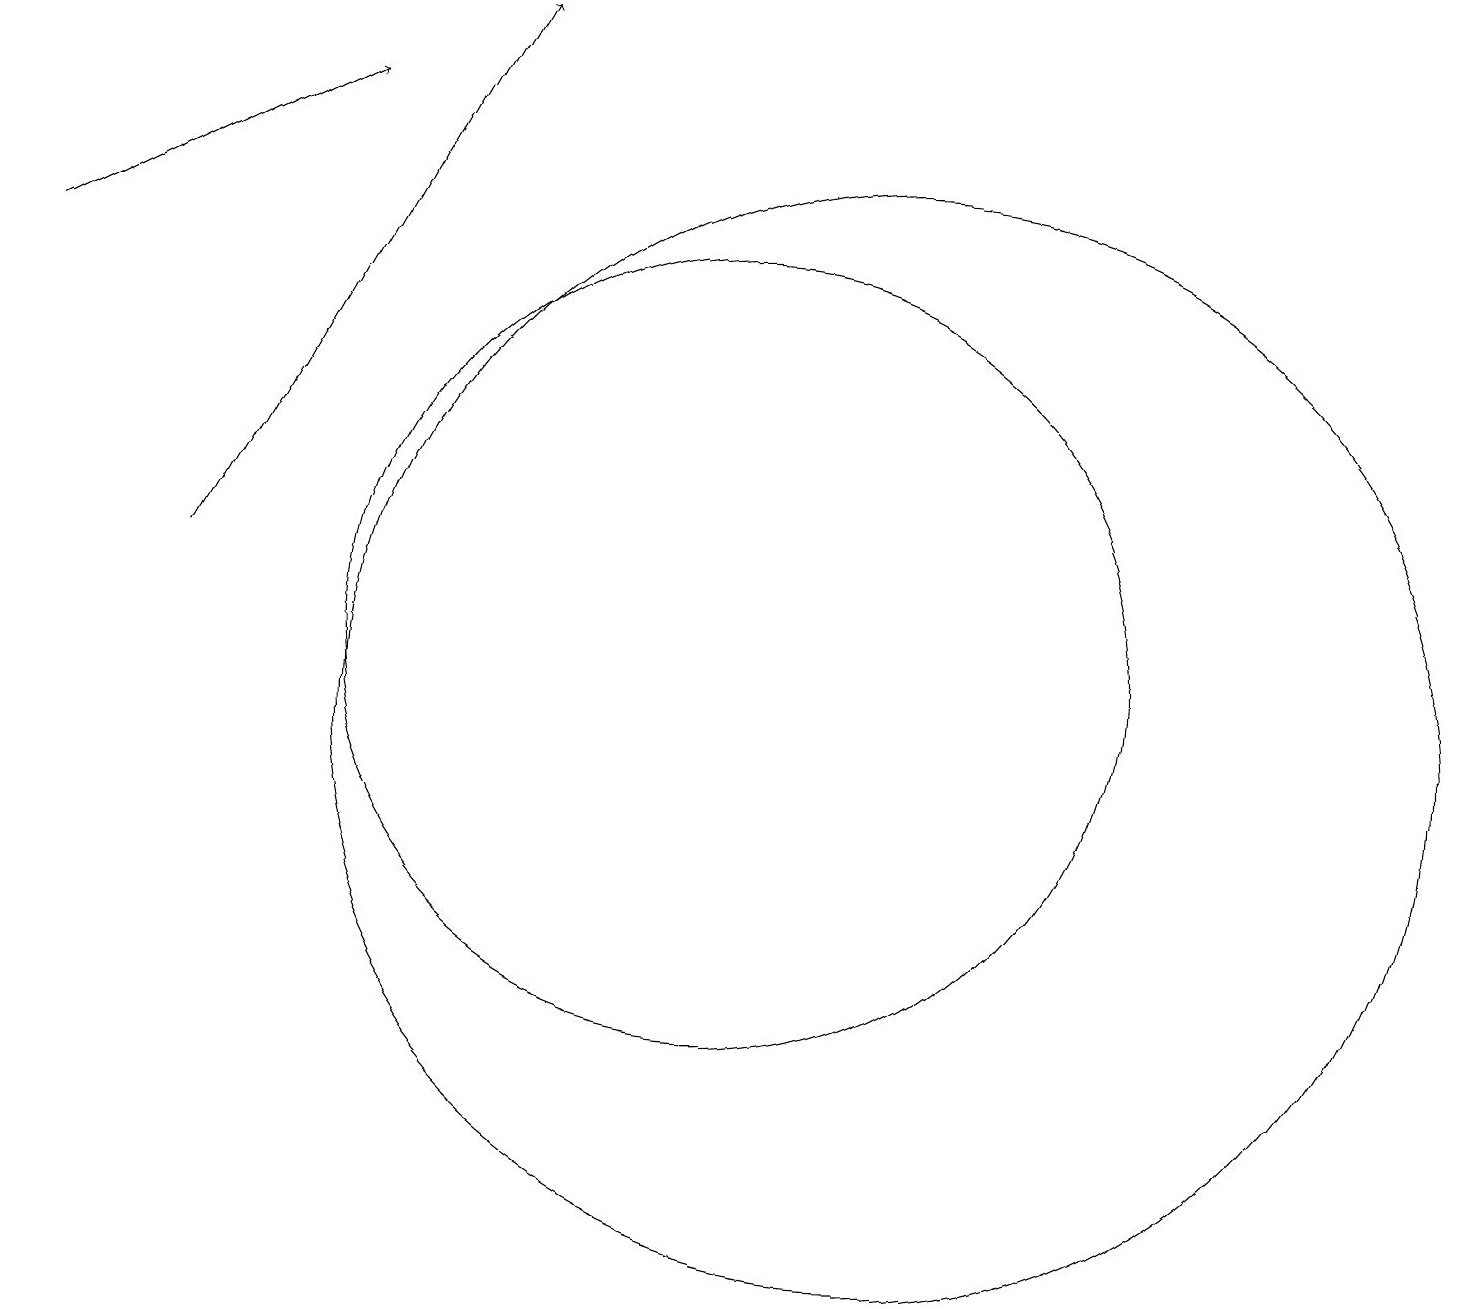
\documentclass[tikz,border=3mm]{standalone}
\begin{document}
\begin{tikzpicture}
\draw[->] (3,12) -- (7,19);
\draw (12,10) circle (7);
\draw[->] (1,16) -- (5,18);
\draw (10,11) circle (5);
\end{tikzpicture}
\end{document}